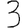
Digit: 3